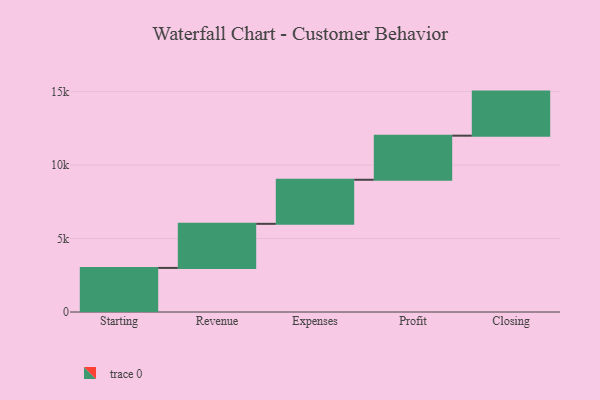
{"axis": {"x": "Step", "y": "Value"}, "legend": [""], "data": [{"x": "Starting", "y": 3000, "type": ""}, {"x": "Revenue", "y": 3000, "type": ""}, {"x": "Expenses", "y": 3000, "type": ""}, {"x": "Profit", "y": 3000, "type": ""}, {"x": "Closing", "y": 3000, "type": ""}]}